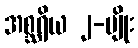
အစ္ဆရိယ ၂-မျိုး